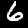
Label: 6